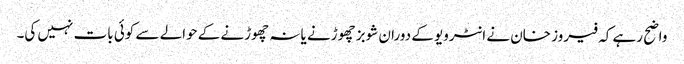
واضح رہے کہ فیروز خان نے انٹرویو کے دوران شوبز چھوڑنے یا نہ چھوڑنے کے حوالے سے کوئی بات نہیں کی۔